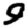
Digit: 9